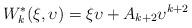
LaTeX: \begin{align*} W_k^*({\xi},{\upsilon})= {\xi} {\upsilon} +A_{k+2}{\upsilon}^{k+2}\end{align*}